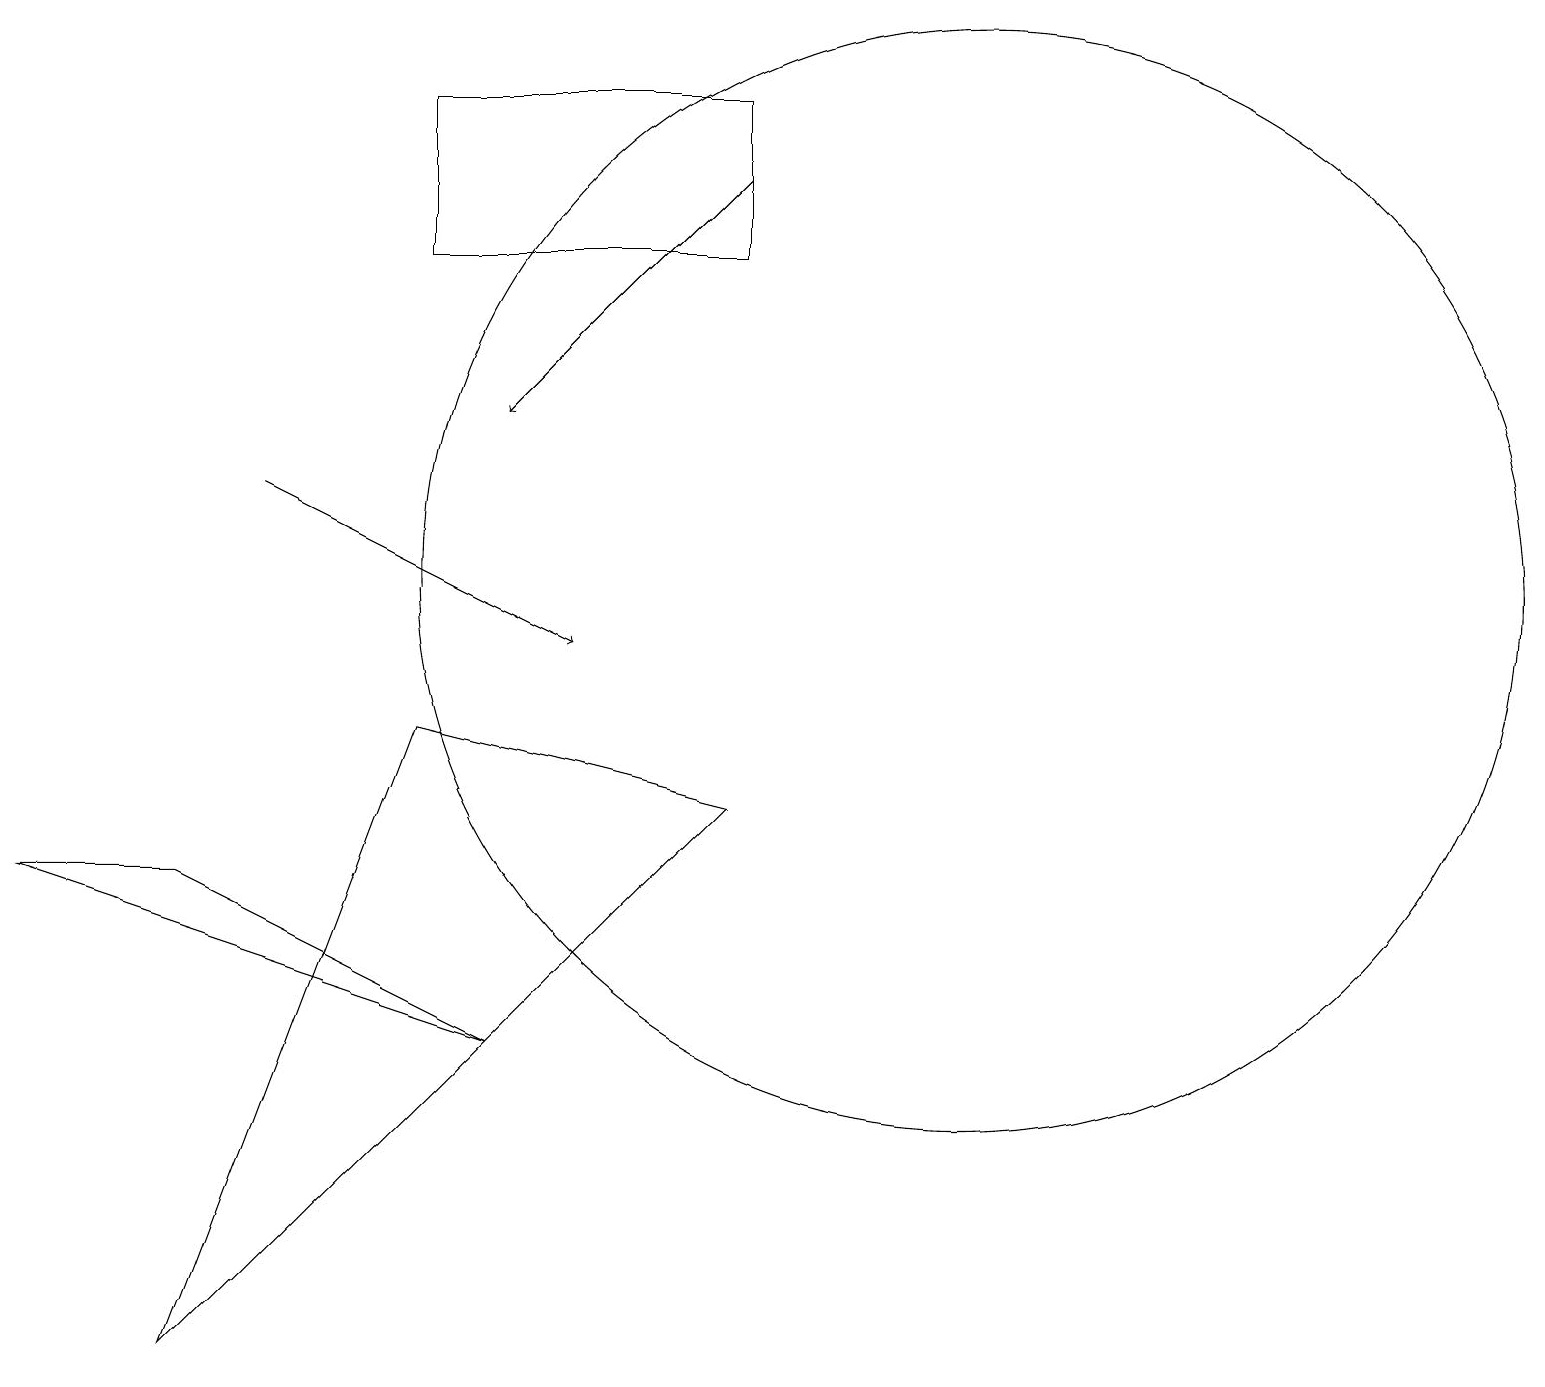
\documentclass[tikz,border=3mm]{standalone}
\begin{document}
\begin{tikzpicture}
\draw (12,11) circle (7);
\draw (0,7) -- (2,7) -- (6,5) -- cycle;
\draw (2,1) -- (5,9) -- (9,8) -- cycle;
\draw (5,15) rectangle (9,17);
\draw[->] (9,16) -- (6,13);
\draw (10,11) circle (0);
\draw[->] (3,12) -- (7,10);
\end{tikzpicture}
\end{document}